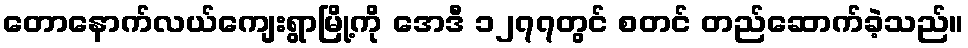
တောနောက်လယ်ကျေးရွာမြို့ကို အေဒီ ၁၂၇၇တွင် စတင် တည်ဆောက်ခဲ့သည်။